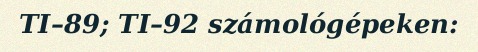
TI–89; TI–92 számológépeken: